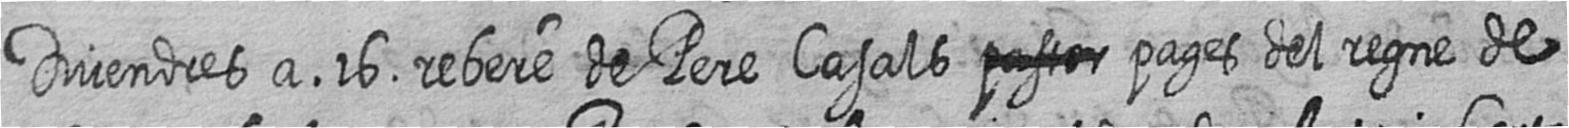
Divendres a 16 rebere de Pere Casals # pages del regne de